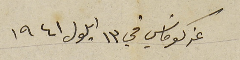
عن كوماسَي في ١٣ ايلول ١٩٤١